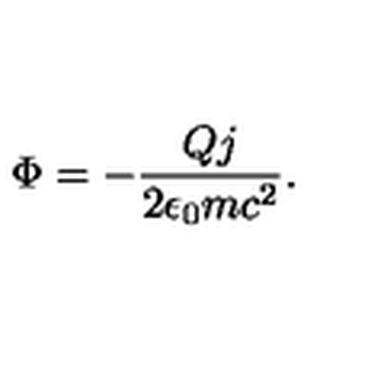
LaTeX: \Phi = - { \frac { Q j } { 2 \epsilon _ { 0 } m c ^ { 2 } } } .